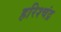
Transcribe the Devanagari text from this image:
हरिश्‍चंद्र